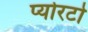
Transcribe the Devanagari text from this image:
प्योरटो